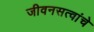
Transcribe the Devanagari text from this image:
जीवनसत्वांचे